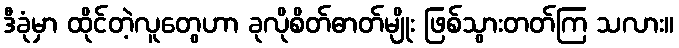
ဒီခုံမှာ ထိုင်တဲ့လူတွေဟာ ခုလိုစိတ်ဓာတ်မျိုး ဖြစ်သွားတတ်ကြ သလား။